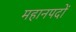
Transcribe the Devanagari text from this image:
महानपदों